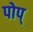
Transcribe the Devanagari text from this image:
पोप्